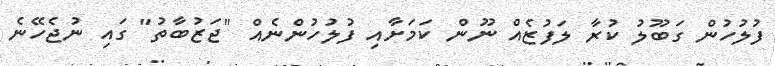
ފުލުހުން ގަބޫލު ކުރާ ލަފުޒެއް ނޫން ކަމަށާއި ފުލުހުންނެއް "ޖަޒުބާތު" ގައި ނުޖެހޭނެ